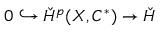
0 \hookrightarrow \check { H } ^ { p } ( X , C ^ { * } ) \rightarrow \check { H }